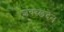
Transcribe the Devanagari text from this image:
शवच्छंदेन